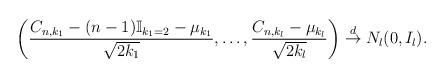
LaTeX: \begin{align*}\left( \frac{C_{n,k_{1}}- (n-1)\mathbb{I}_{k_{1}=2}-\mu_{k_1}}{\sqrt{2k_{1}}}, \ldots, \frac{C_{n,k_{l}}-\mu_{k_{l}}}{\sqrt{2k_{l}}} \right) \stackrel{d}{\to} N_{l}(0, I_{l}).\end{align*}